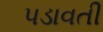
પડાવતી